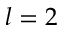
l = 2